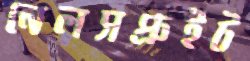
নেলসপ্রুইট